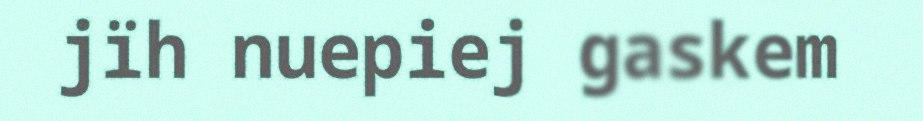
jïh nuepiej gaskem